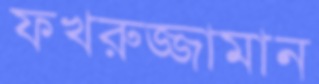
ফখরুজ্জামান